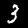
Label: 3